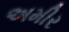
અમીર